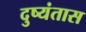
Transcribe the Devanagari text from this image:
दुष्यंतास